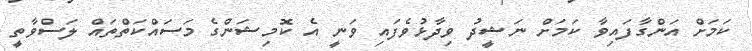
ކަމަށް އަންގާފައިވާ ކަމަށް ނަޝީދު ވިދާޅުވެފައި ވަނީ އެ ކޮމިޝަންގެ މަސައްކަތްތައް ލަސްވާތީ